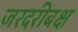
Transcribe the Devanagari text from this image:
जरदरीबक्ष